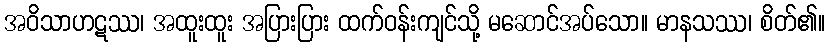
အဝိသာဟဋဿ၊ အထူးထူး အပြားပြား ထက်ဝန်းကျင်သို့ မဆောင်အပ်သော။ မာနသဿ၊ စိတ်၏။